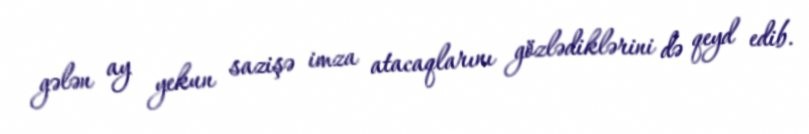
gələn ay yekun sazişə imza atacaqlarını gözlədiklərini də qeyd edib.